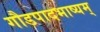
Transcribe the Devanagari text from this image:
गौडपादभाष्‍यम्